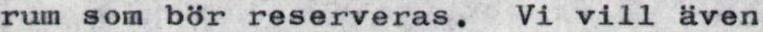
rum som bör reserveras. Vi vill även